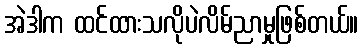
အဲဒါက ထင်ထားသလိုပဲလိမ်ညာမှုဖြစ်တယ်။